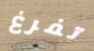
تفرغ